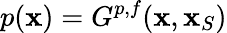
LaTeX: p({\mathbf x})=G^{p,f}({\mathbf x},{\mathbf x}_{S})